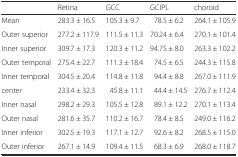
|  | Retina | GCC | GCIPL | choroid |
 | --- | --- | --- | --- | --- |
 | Mean | 283.3 ± 16.5 | 105.3 ± 9.7 | 78.5 ± 6.2 | 264.1 ± 105.9 |
 | Outer superior | 277.2 ± 117.9 | 111.5 ± 11.3 | 70.24 ± 6.4 | 270.1 ± 101.4 |
 | Inner superior | 309.7 ± 17.3 | 120.3 ± 11.2 | 94.75 ± 8.0 | 263.3 ± 102.2 |
 | Outer temporal | 275.4 ± 22.7 | 111.3 ± 18.4 | 74.5 ± 6.5 | 244.3 ± 115.8 |
 | Inner temporal | 304.5 ± 20.4 | 114.8 ± 11.8 | 94.4 ± 8.8 | 267.0 ± 111.9 |
 | center | 233.4 ± 32.3 | 45.8 ± 11.1 | 44.4 ± 14.5 | 276.7 ± 112.4 |
 | Inner nasal | 298.2 ± 29.3 | 105.5 ± 12.8 | 89.1 ± 12.2 | 270.1 ± 113.4 |
 | Outer nasal | 281.6 ± 35.7 | 110.2 ± 16.7 | 78.4 ± 8.5 | 249.0 ± 116.2 |
 | Inner inferior | 302.5 ± 19.3 | 117.1 ± 12.7 | 92.6 ± 8.2 | 268.5 ± 115.0 |
 | Outer inferior | 267.1 ± 14.9 | 109.4 ± 11.5 | 68.3 ± 6.9 | 268.0 ± 118.7 |